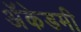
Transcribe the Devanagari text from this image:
अॅकेडमी